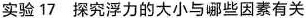
实验17探究浮力的大小与哪些因素有关